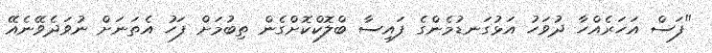
"ފަސް އަހަރެއްހާ ދުވަހު އަޅުގަނޑުމެންގެ ފައިސާ ބްލޮކްކޮށްގެން ތިބުމަށް ފަހު އެތަނަށް ނުވަދެވޭނެއޭ